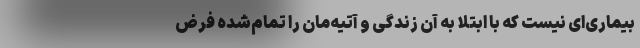
بیماری‌ای نیست که با ابتلا به آن زندگی و آتیه‌مان را تمام‌شده فرض